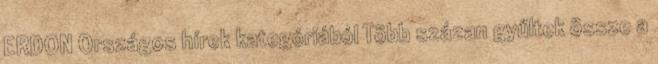
ERDON Országos hírek kategóriából Több százan gyűltek össze a